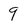
Character: 9